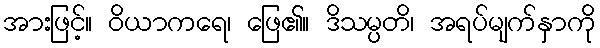
အားဖြင့်။ ဝိယာကရေ၊ ဖြေ၏။ ဒိသမ္ပတိ၊ အရပ်မျက်နှာကို